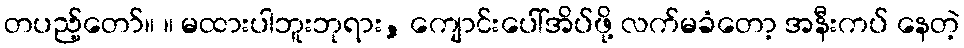
တပည့်တော်။ ။ မထားပါဘူးဘုရား, ကျောင်းပေါ်အိပ်ဖို့ လက်မခံတော့ အနီးကပ် နေတဲ့